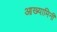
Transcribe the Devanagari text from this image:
आख्यामिनी